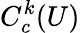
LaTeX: C_{c}^{k}(U)